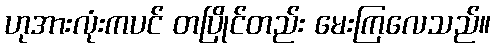
ဟုအားလုံးကပင် တပြိုင်တည်း မေးကြလေသည်။